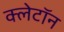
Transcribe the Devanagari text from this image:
क्लेटॉन